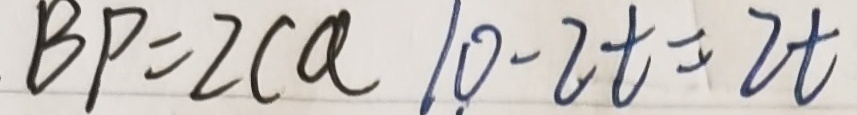
B P = 2 C a 1 0 - 2 t = 2 t